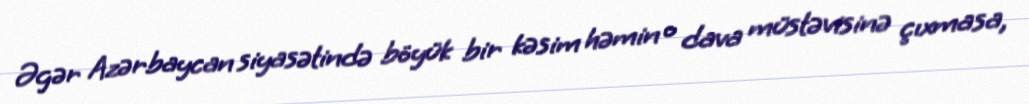
Əgər Azərbaycan siyasətində böyük bir kəsim həmin o dava müstəvisinə çıxmasa,